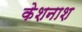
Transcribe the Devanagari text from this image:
केशनाश